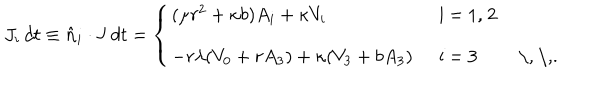
J _ { i } \, d t \equiv \hat { \bf n } _ { i } \cdot { \bf J } \, d t = \left\{ \left\{ \begin{cases} { { ( \mu r ^ { 2 } + \kappa b ) A _ { i } + \kappa V _ { i } \, } } & { { i = 1 , 2 } } \\ { { - r \lambda ( V _ { 0 } + r A _ { 3 } ) + \kappa ( V _ { 3 } + b A _ { 3 } ) \, } } & { { i = 3 \, \, . } } \\ \end{cases} \right. \right.